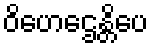
ဝိဟေဌေန္တိပေ